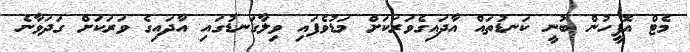
މެޓް އޮފީހުން ބުނީ ކަނޑުތައް އާދައިގެވަރަކަށް މަޑުވެފައި ވިލާގަނޑުގައި އާދައިގެ ވަރަކަށް ގަދަވާނެ